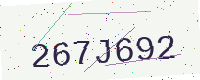
Text: 267J692